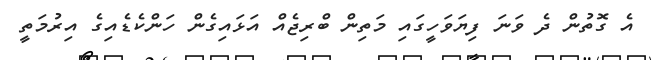
އެ ގޮތުން ދެ ވަނަ ފިޔަވަހީގައި މަތިން ބްރިޖެއް އަޅައިގެން ހަންކެޑެއިގެ އިރުމަތީ